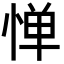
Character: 惮